画像に写った文字を読んでください
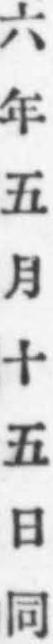
「六年五月十五日同」と書いてあります